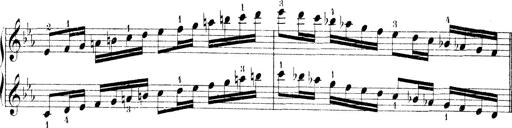
Title: Technische Studien
Composer: Franz Liszt